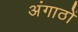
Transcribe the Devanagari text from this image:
अंगाठों